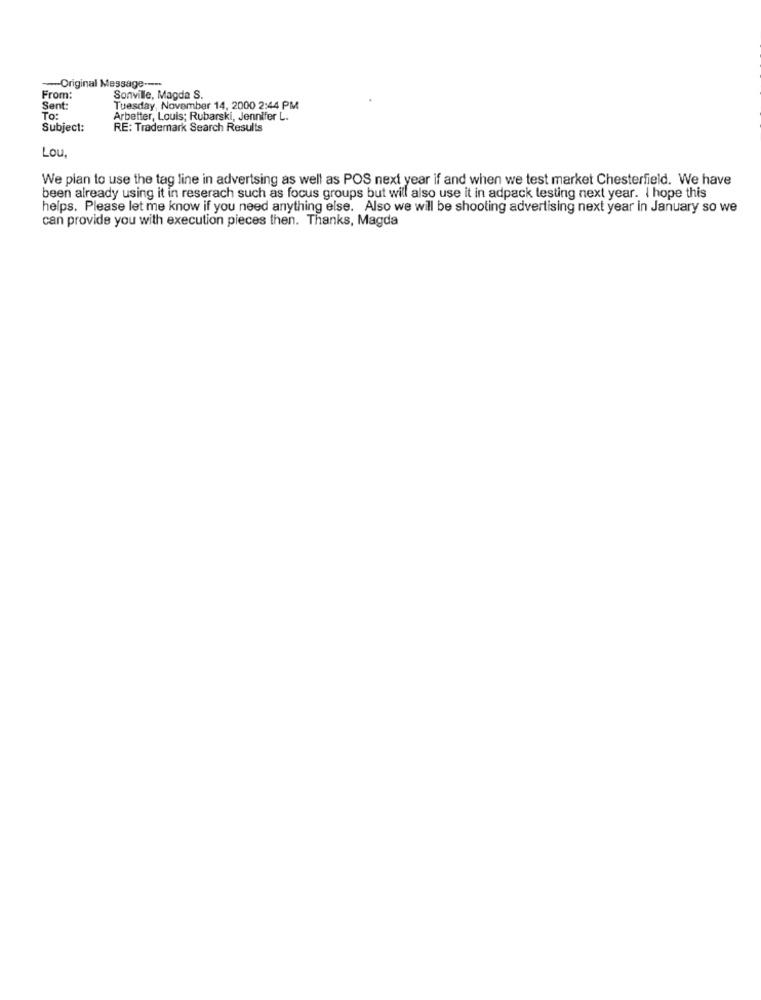
-Original Message ----
From:
Sonville, Magda S.
Sent:
Tuesday, November 14, 2000 2:44 PM
To:
Arbetter, Louis; Rubarski, Jennifer L.
Subject:
RE: Trademark Search Results
Lou
We plan to use the tag line in advertsing as well as POS next year if and when we test market Chesterfield. We have
been already using it in reserach such as focus groups but will also use it in adpack testing next year. I hope this
helps. Please let me know if you need anything else. Also we will be shooting advertising next year in January so we
can provide you with execution pieces then. Thanks, Magda